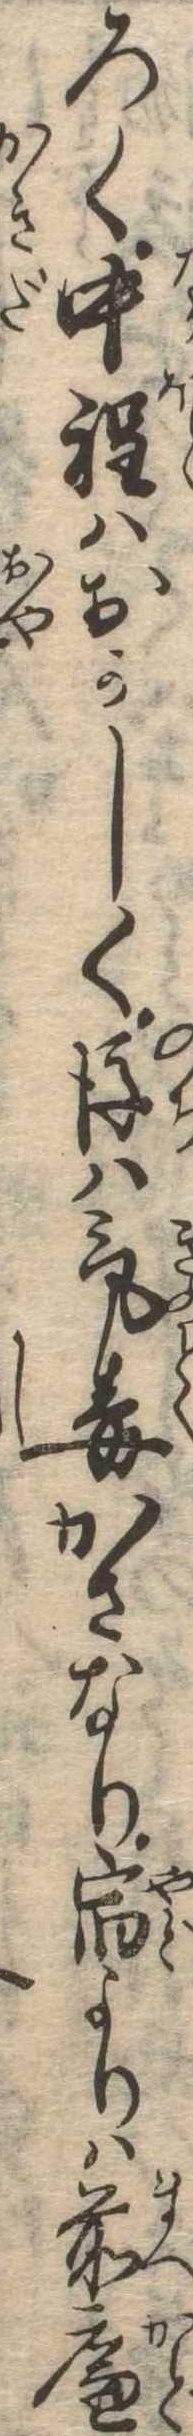
ろく中程はおかしく後は気毒かさなり宿よりは前廉